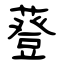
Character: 䔲